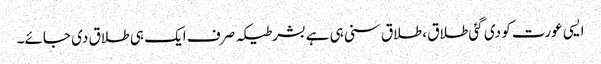
ایسی عورت کو دی گئی طلاق ، طلاق سنی ہی ہےبشرطیکہ صرف ایک ہی طلاق دی جائے۔